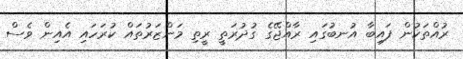
ރުއްތަކުން ފައިބާ އުނބުގައި ރާއްޖޭގެ ގުދުރަތީ ރީތި މަންޒަރުތައް ކުރަހައި އެއިން ވެސް